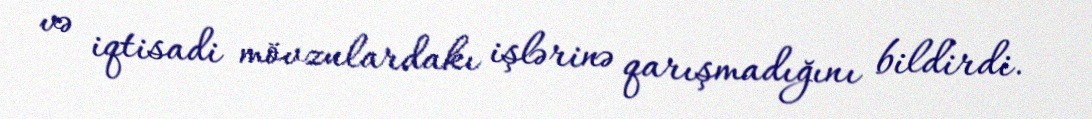
və iqtisadi mövzulardakı işlərinə qarışmadığını bildirdi.